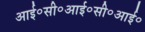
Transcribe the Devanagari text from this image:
आई॰सी॰आई॰सी॰आई॰